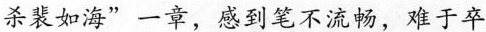
杀裴如海”一章，感到笔不流畅，难于卒